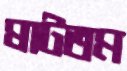
ষাটতম